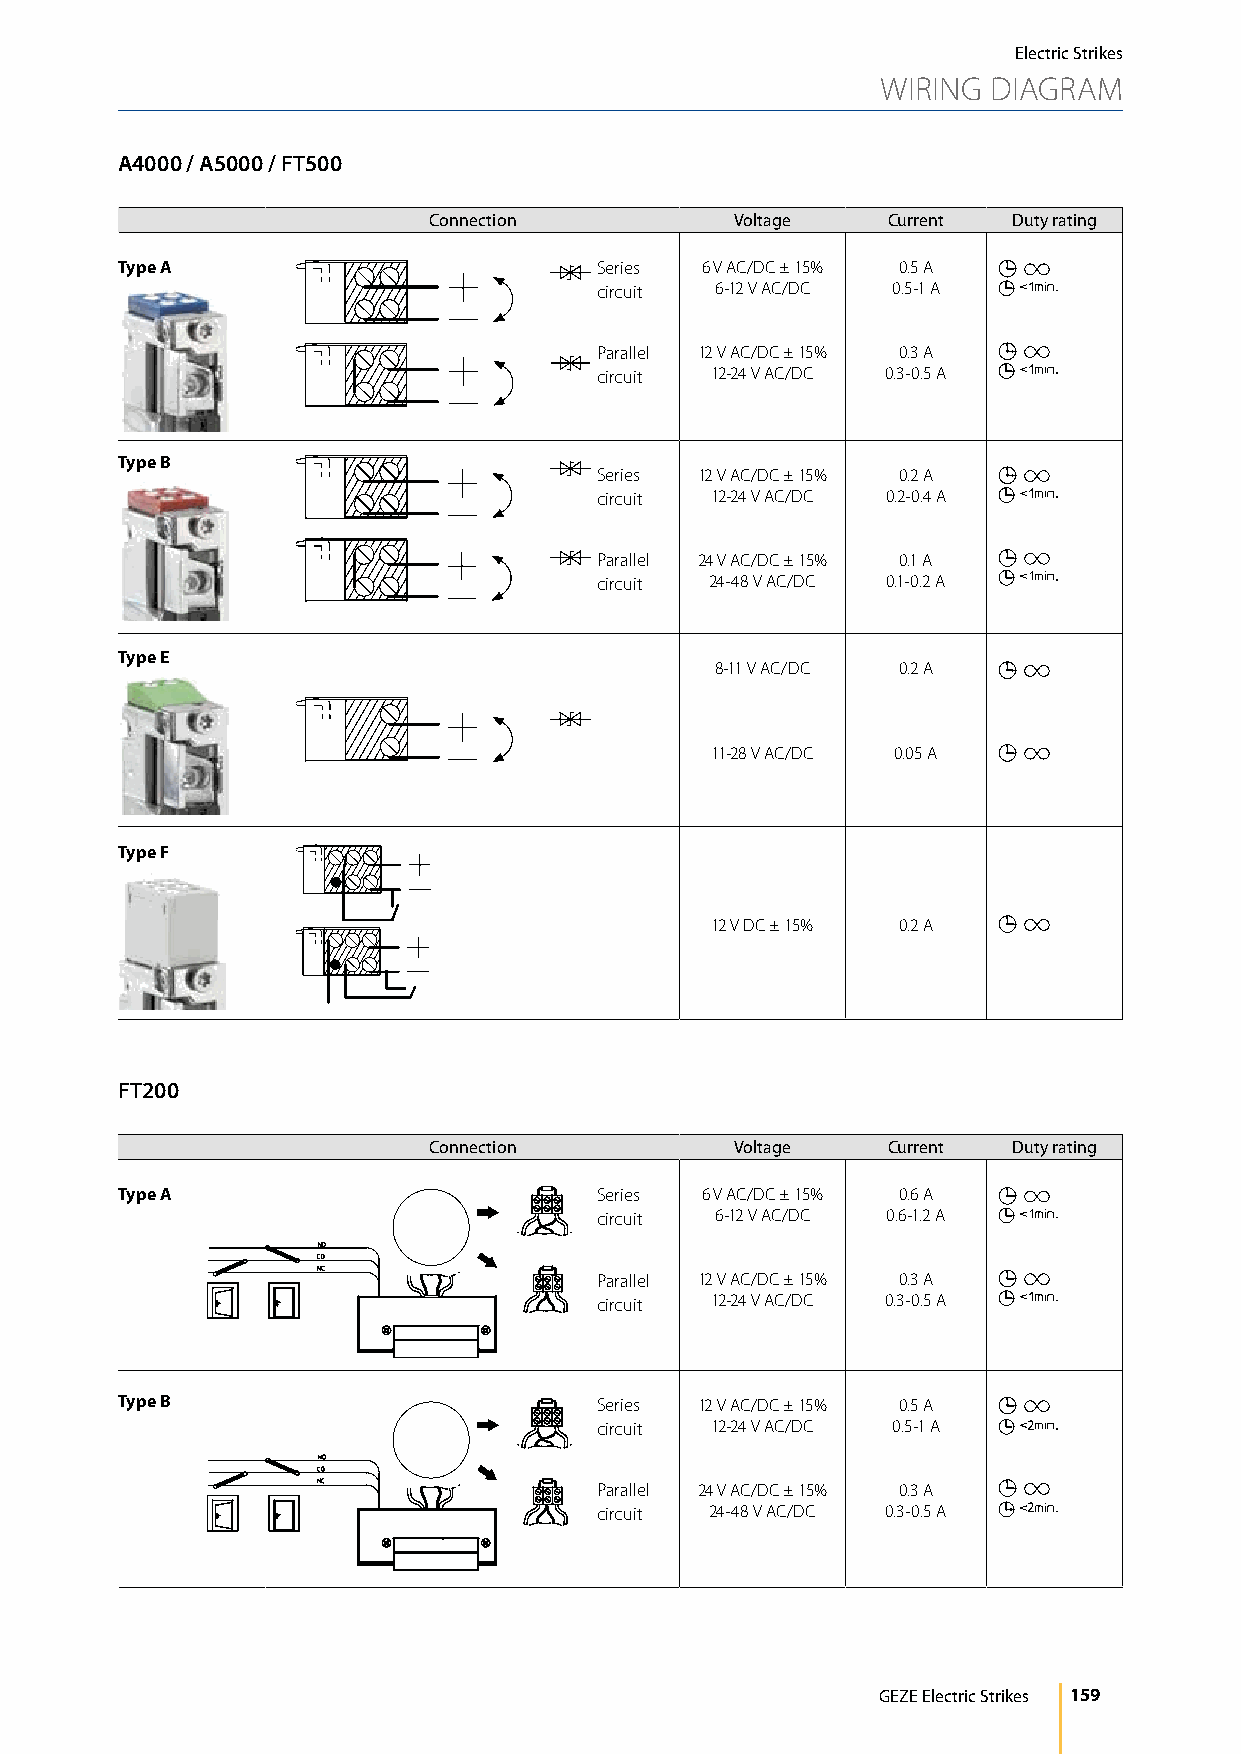
Electric Strikes
 WIRING DIAGRAM
 A4000 / A5000 / FT500
 Connection           Voltage   Current Duty rating
 Type A                         Series 6 V AC/DC ± 15% 0.5 A
 circuit 6-12 V AC/DC 0.5-1 A
 Parallel 12 V AC/DC ± 15% 0.3 A
 circuit 12-24 V AC/DC 0.3-0.5 A
 Type B
 Series 12 V AC/DC ± 15% 0.2 A
 circuit 12-24 V AC/DC 0.2-0.4 A
 Parallel 24 V AC/DC ± 15% 0.1 A
 circuit 24-48 V AC/DC 0.1-0.2 A
 Type E
 8-11 V AC/DC 0.2 A
 11-28 V AC/DC 0.05 A
 Type F
 12 V DC ± 15% 0.2 A
 FT200
 Connection           Voltage   Current Duty rating
 Type A                         Series 6 V AC/DC ± 15% 0.6 A
 circuit 6-12 V AC/DC 0.6-1.2 A
 Parallel 12 V AC/DC ± 15% 0.3 A
 circuit 12-24 V AC/DC 0.3-0.5 A
 Type B                         Series 12 V AC/DC ± 15% 0.5 A
 circuit 12-24 V AC/DC 0.5-1 A 2
 Parallel 24 V AC/DC ± 15% 0.3 A
 circuit 24-48 V AC/DC 0.3-0.5 A 2
 GEZE Electric Strikes 159